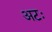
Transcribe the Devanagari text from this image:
अटः